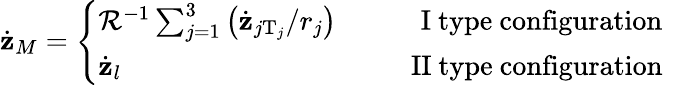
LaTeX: \dot{\mathbf z}_{M}=\left\{ \begin{array}{ll}{{{\cal R}^{-1}\sum_{j=1}^{3}\left(\dot{\mathbf z}_{j\mathrm{T}_{j}}/r_{j}\right)\qquad\quad\mathrm{I~type~configuration}}}&{{}}\\ {{\dot{\mathbf z}_{l}\qquad\qquad\qquad\qquad\qquad\mathrm{~II~type~configuration}}}\end{array}\right.